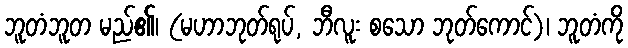
ဘူတံဘူတ မည်၏၊ (မဟာဘုတ်ရုပ်, ဘီလူး စသော ဘုတ်ကောင်)၊ ဘူတံကို